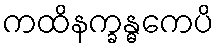
ကထိနက္ခန္ဓကေပိ